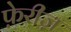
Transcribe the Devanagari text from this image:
फ़ेरीज़